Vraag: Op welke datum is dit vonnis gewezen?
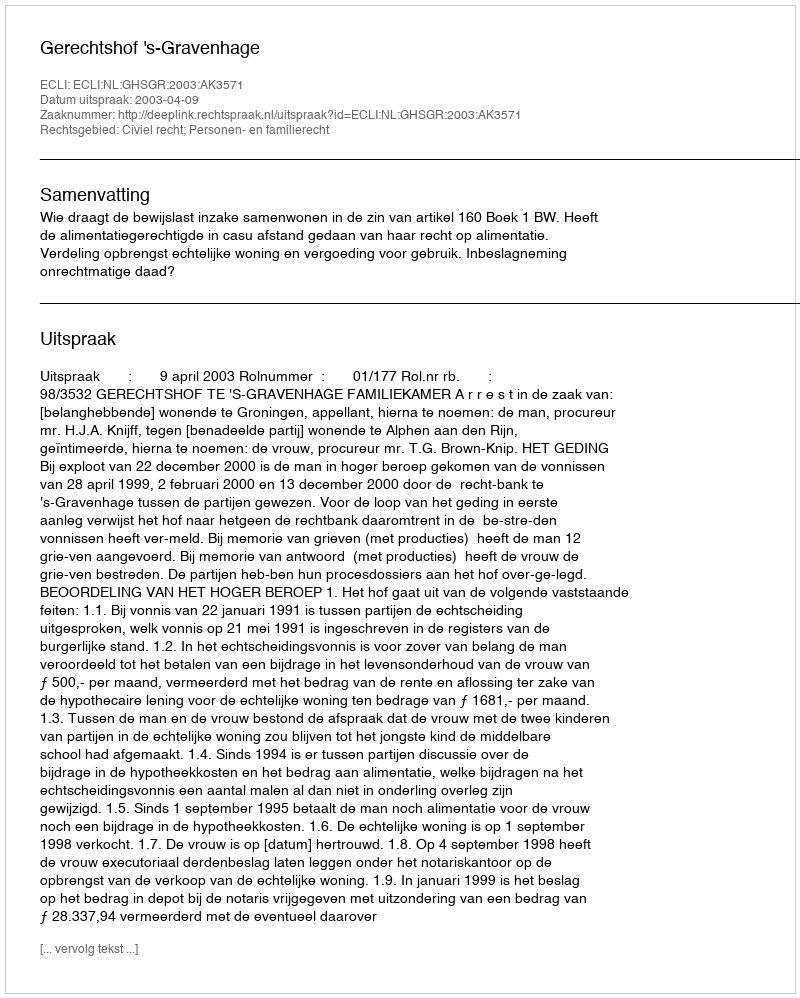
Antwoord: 2003-04-09